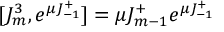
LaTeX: [ J _ { m } ^ { 3 } , e ^ { \mu J _ { - 1 } ^ { + } } ] = \mu J _ { m - 1 } ^ { + } e ^ { \mu J _ { - 1 } ^ { + } }